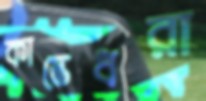
কাস্তেধরা